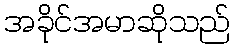
အခိုင်အမာဆိုသည်